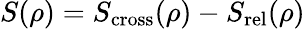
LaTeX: S(\rho)=S_{\mathrm{cross}}(\rho)-S_{\mathrm{rel}}(\rho)